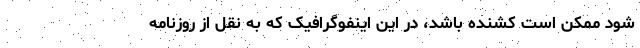
شود ممکن است کشنده باشد، در این اینفوگرافیک که به نقل از روزنامه